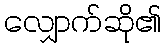
လျှောက်ဆို၏